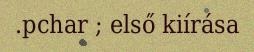
.pchar ; első kiírása